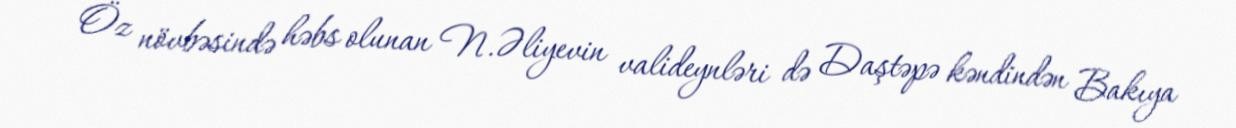
Öz növbəsində həbs olunan N.Əliyevin valideynləri də Daştəpə kəndindən Bakıya